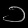
Digit: ၁